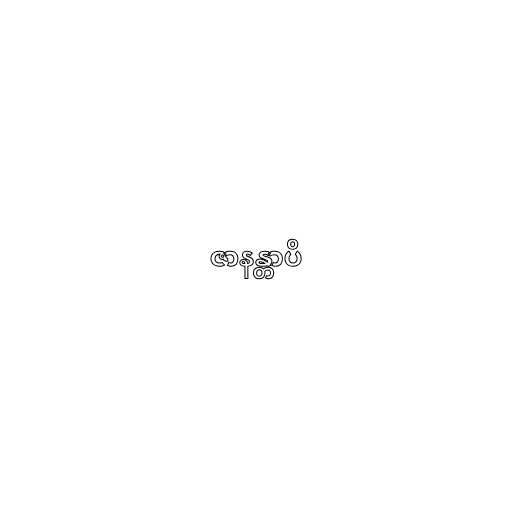
ဇာနန္တာပိ